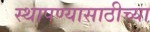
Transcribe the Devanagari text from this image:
स्थापण्यासाठीच्या